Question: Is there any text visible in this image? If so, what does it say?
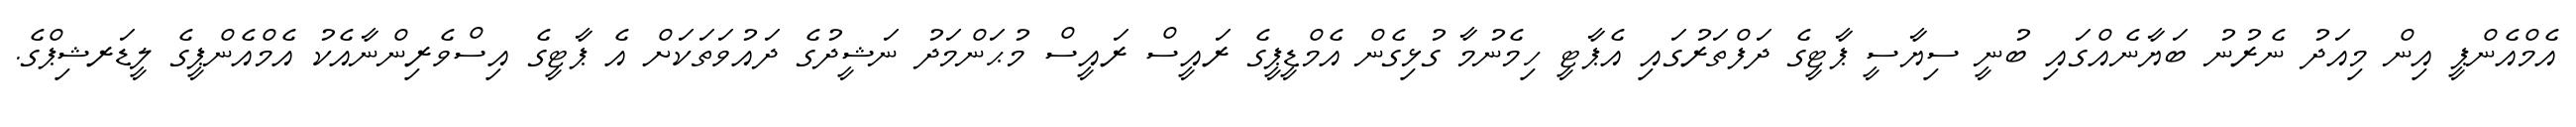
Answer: އެމްއެންޕީ އިން މިއަދު ނެރުނު ބަޔާނެއްގައި ބުނީ ސިޔާސީ ޕާޓީގެ ދަފްތަރުގައި އެޕާޓީ ހިމެނުމާ ގުޅިގެން އެމްޑީޕީގެ ރައީސް ރައީސް މުޙަންމަދު ނަޝީދުގެ ދައުވަތަކަށް އެ ޕާޓީގެ އިސްވެރިންނާއެކު އެމްއެންޕީގެ ލީޑަރޝިޕްގެ.